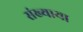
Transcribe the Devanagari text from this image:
संख्याया